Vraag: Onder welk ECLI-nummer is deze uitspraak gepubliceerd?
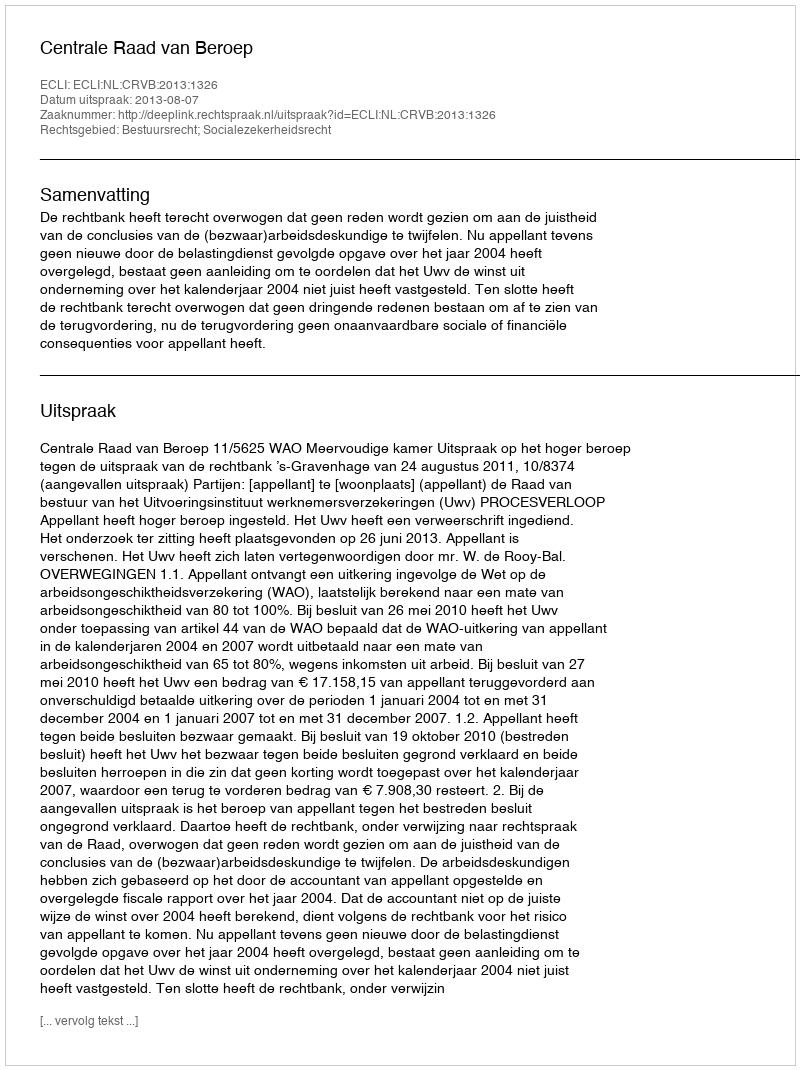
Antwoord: ECLI:NL:CRVB:2013:1326